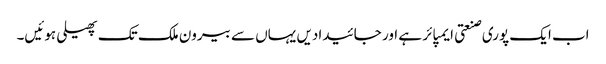
اب ایک پوری صنعتی ایمپائر ہے اور جائیدادیں یہاں سے بیرون ملک تک پھیلی ہوئیں۔